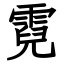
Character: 霓